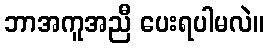
ဘာအကူအညီ ပေးရပါမလဲ။